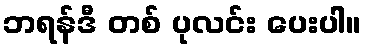
ဘရန်ဒီ တစ် ပုလင်း ပေးပါ။